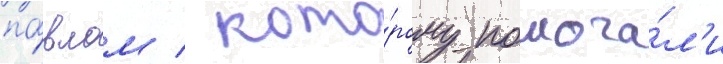
па́влом / кото́рому помога́л'и